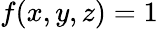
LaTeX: f(x,y,z)=1